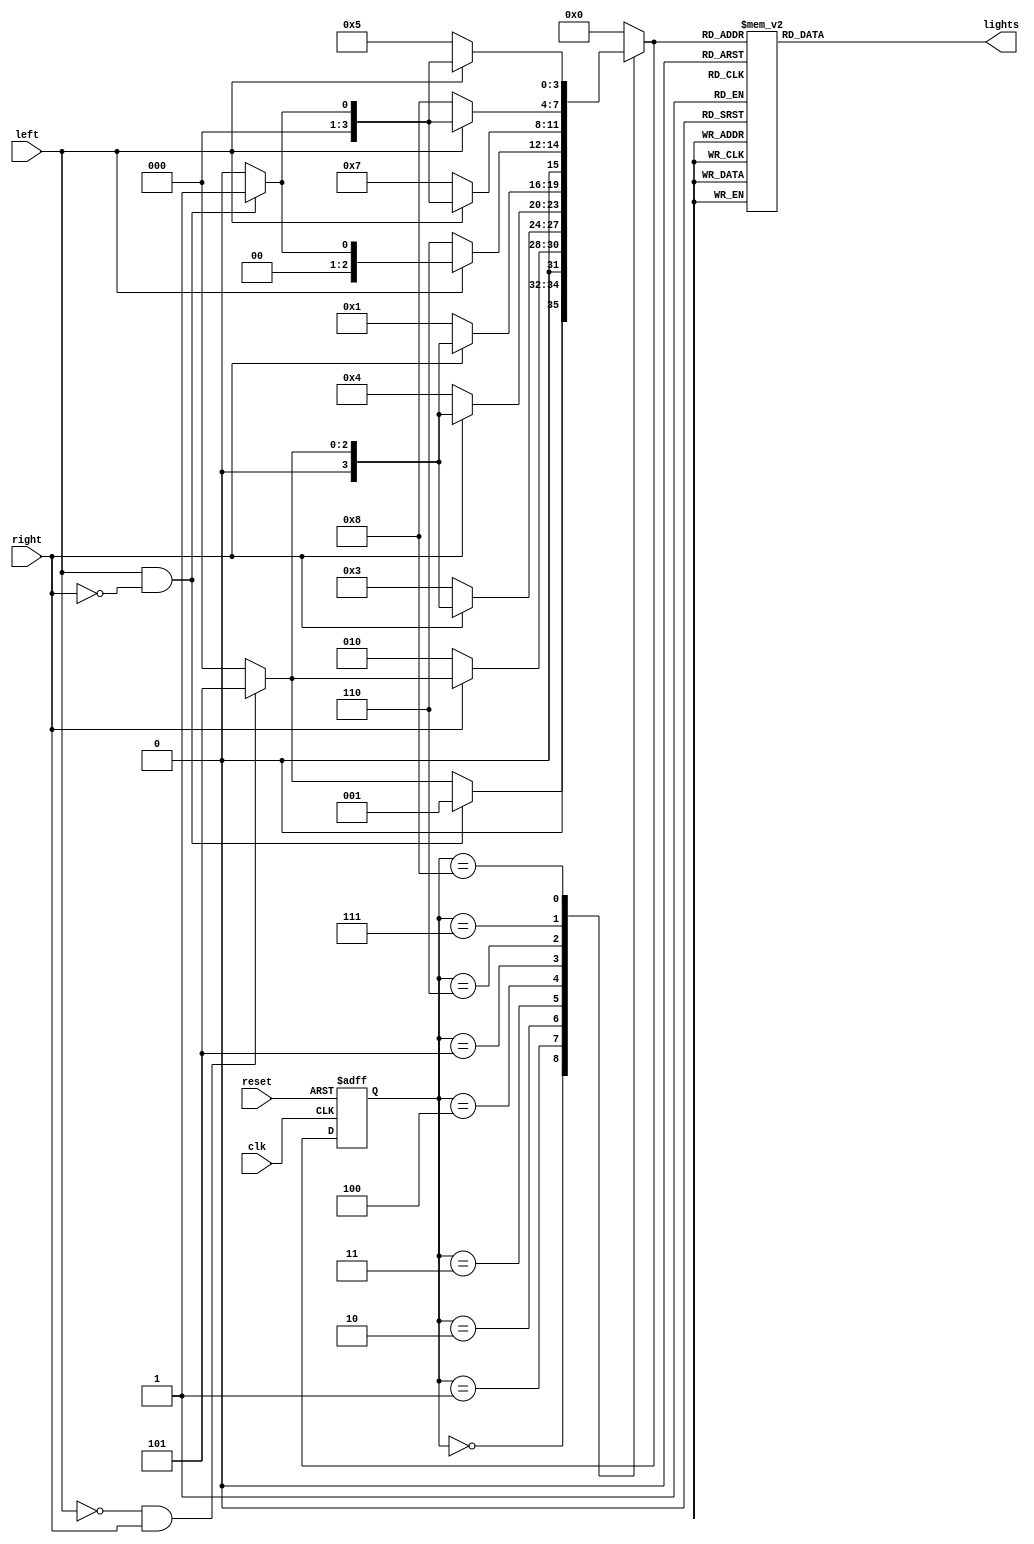
`timescale 1ns / 1ps
//////////////////////////////////////////////////////////////////////////////////
// Company: 
// Engineer: 
// 
// Design Name: 
// Module Name: FineStateMachine
// Project Name: 
// Target Devices: 
// Tool Versions: 
// Description: 
// 
// Dependencies: 
// 
// Revision:
// Revision 0.01 - File Created
// Additional Comments:
// 
//////////////////////////////////////////////////////////////////////////////////


module FineStateMachine(
input clk,
input reset,
input left,
input right,
output reg [5:0] lights
    );
    //
    reg [3:0] state,nextstate;
    parameter off = 4'b0000;
    parameter L1 = 4'b0001;
    parameter L2 = 4'b0010;
    parameter L3 = 4'b0011;
    parameter repL = 4'b0100;
    parameter R1 = 4'b0101;
    parameter R2 = 4'b0110;
    parameter R3 = 4'b0111;
    parameter repR = 4'b1000;
    
    // state register
    always @ (posedge clk, posedge reset)
    begin
       if (reset) 
          state <= off;
       else 
          state <= nextstate;
    end
    
    // next state logic
    always @(*)
    begin
       case(state)
       off: 
         if(left == 1 && right ==0) 
           nextstate = L1;
         else if(left == 0 && right ==1) 
           nextstate = R1;
         else 
           nextstate = off;
       L1:
         if(right ==0) 
           nextstate = L2;
         else if(left == 0 && right ==1) 
           nextstate = R1;
         else 
           nextstate = off;
       L2:
         if(right ==0) 
           nextstate = L3;
         else if(left == 0 && right ==1) 
           nextstate = R1;
         else 
           nextstate = off;
       L3:
         if(right ==0) 
           nextstate = repL;
         else if(left == 0 && right ==1) 
           nextstate = R1;
         else 
           nextstate = off;
       repL:
         if(right ==0) 
           nextstate = L1;
         else if(left == 0 && right ==1) 
           nextstate = R1;
         else 
           nextstate = off;
       R1:
         if(left ==0) 
           nextstate = R2;
         else if(left == 1 && right ==0) 
           nextstate = L1;
         else 
           nextstate = off;
       R2:
         if(left ==0) 
           nextstate = R3;
         else if(left == 1 && right ==0) 
           nextstate = L1;
         else 
           nextstate = off;
       R3:
         if(left ==0) 
           nextstate = repR;
         else if(left == 1 && right ==0) 
           nextstate = L1;
         else 
           nextstate = off;
       repR:
         if(left ==0) 
           nextstate = R1;
         else if(left == 1 && right ==0) 
           nextstate = L1;
         else 
           nextstate = off;
       default: 
         nextstate = off;
       endcase
    end 
    
    //output logic
    always @(*)
    begin
       case(nextstate)
       off: 
         lights = 6'b00_0000;
       L1:
         lights = 6'b00_1000;
       L2:
         lights = 6'b01_1000;
       L3:
         lights = 6'b11_1000;
       repL:
         lights = 6'b00_0000;
       R1:
         lights = 6'b00_0100;
       R2:
         lights = 6'b00_0110;
       R3:
         lights = 6'b00_0111;
       repR:
         lights = 6'b00_0000;
       default: 
         lights = 6'b00_0000;
       endcase
    end
      
endmodule